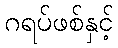
ဂရပ်ဖစ်နှင့်